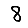
Digit: 8